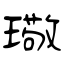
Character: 璥